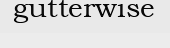
gutterwise